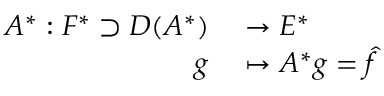
\begin{array} { r l } { A ^ { * } : F ^ { * } \supset D ( A ^ { * } ) } & { { } \to E ^ { * } } \\ { g } & { { } \mapsto A ^ { * } g = { \hat { f } } } \end{array}